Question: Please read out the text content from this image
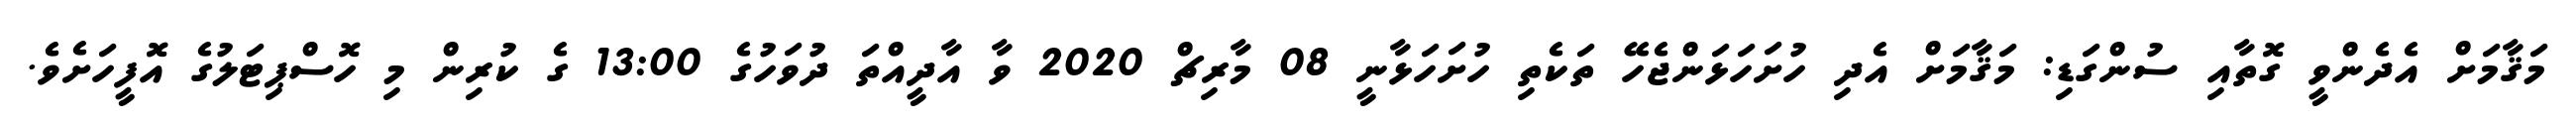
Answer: މަޤާމަށް އެދެންވީ ގޮތާއި ސުންގަޑި: މަޤާމަށް އެދި ހުށަހަޅަންޖެހޭ ތަކެތި ހުށަހަޅާނީ 08 މާރިޗް 2020 ވާ އާދީއްތަ ދުވަހުގެ 13:00 ގެ ކުރިން މި ހޮސްޕިޓަލުގެ އޮފީހަށެވެ.